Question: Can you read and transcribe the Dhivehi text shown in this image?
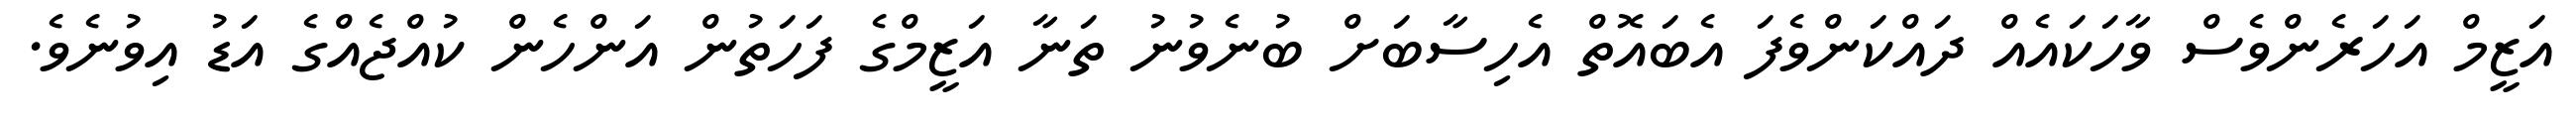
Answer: އަޒީމް އަހަރެންވެސް ވާހަކައެއް ދައްކަންވެފަ އެބައޮތް އެހިސާބަށް ބުނެވުނު ތަނާ އަޒީމްގެ ފަހަތުން އަންހެން ކުއްޖެއްގެ އަޑު އިވުނެވެ.